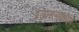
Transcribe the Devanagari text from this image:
प्रजासत्ताकदिन